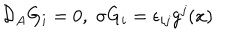
{ \cal { D } } _ { A } G _ { i } = 0 , \sigma G _ { i } = \epsilon _ { i j } g ^ { j } ( x )